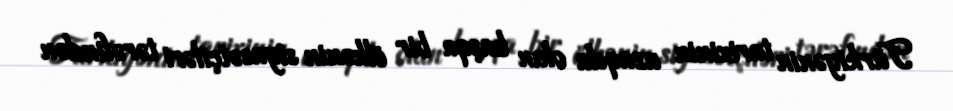
Türkiyənin tarixinin uzaqda olan başqa bir ölkənin siyasətçiləri tərəfindən